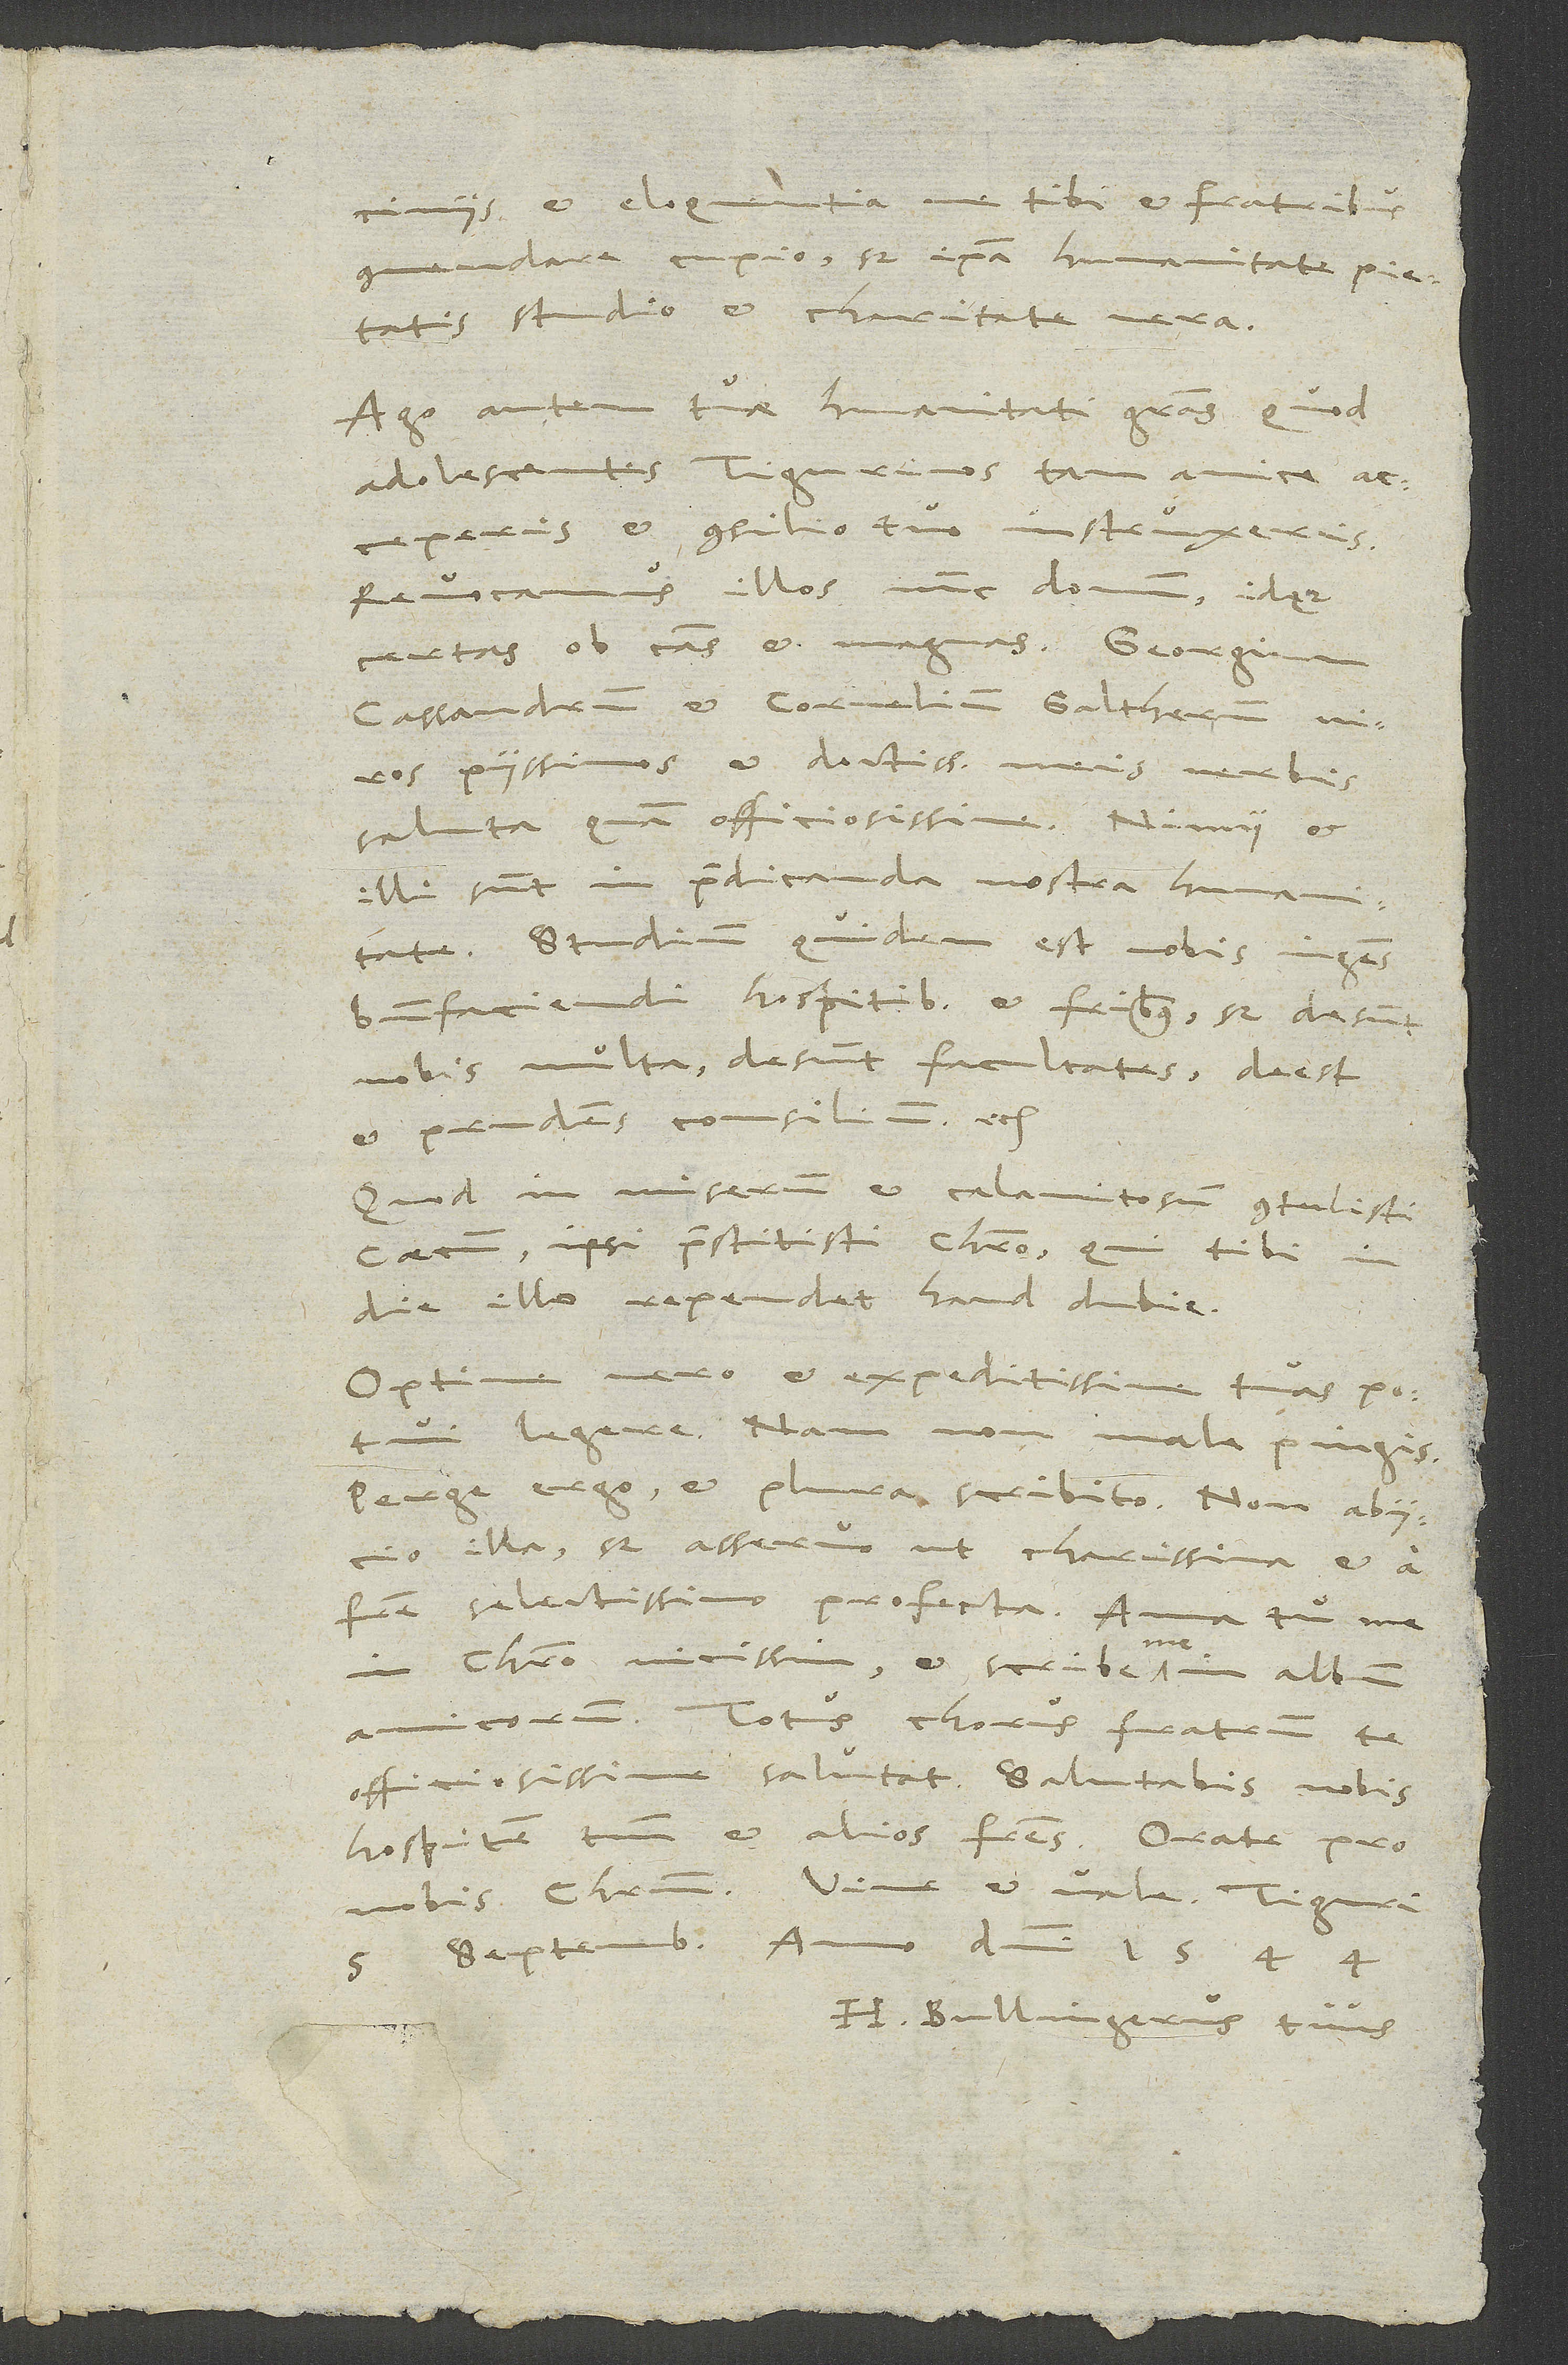
tibi et fratribus
commendare cupio, sed ipsa humanitate, pietatis
studio et charitate vera.
Ago autem tuae humanitati gratias, quod
adolescentes Tigurinos tam amice
acceperis et consilio tuo instruxeris.
Revocamus illos nunc domum, idque
Cassandrum et Cornelium Galtherum, viros
piissimos et doctissimos, meis verbis
saluta quam officiosissime. Nimii et
illi sunt in praedicanda nostra humanitate.
Studium quidem est nobis ingens
benefaciendi hospitibus et fratribus, sed desunt
nobis multa, desunt facultates, deest
et prudens consilium etc.
Quod in miserum et calamitosum contulisti
caecum, ipsi praestitisti Christo, qui tibi in
die illo rependet haud dubie.
Optime vero et expeditissime tuas potui
legere. Nam non male pingis.
Perge ergo, et plura scribito. Non abiicio
illa, sed asseruo ut charissima et a
fratre selectissimo profecta. Ama tu me
in Christo vicissim, et scribe me in album
amicorum. Totus chorus fratrum te
officiosissime salutat. Salutabis nobis
hospitem tuum et alios fratres. Orate pro
nobis Christum. Vive et vale.
5. septembris anno domini 1544.
H. Bullingerus tuus.